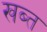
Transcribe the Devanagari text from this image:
खब्त